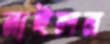
নাইলন